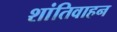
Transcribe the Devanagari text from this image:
शांतिवाहन